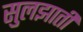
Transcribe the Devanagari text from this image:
सुलझाती